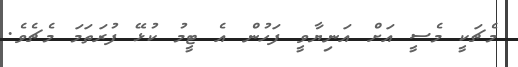
މެޗަކީ މެސީ އަށް އަނިޔާވީ ފަހުން އެ ޓީމު ކުޅޭ ފުރަތަމަ މެޗެެވެ.